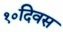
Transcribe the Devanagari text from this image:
१०दिवस